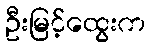
ဦးမြင့်ထွေးက